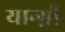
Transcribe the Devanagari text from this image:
यान्ग़ी